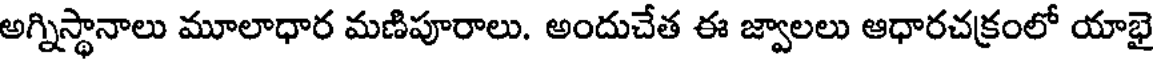
అగ్నిస్థానాలు మూలాధార మణిపూరాలు. అందుచేత ఈ జ్వాలలు ఆధారచక్రంలో యాభై